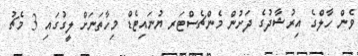
ވެން ހާލްގެ އިރުޝާދުގެ ދަށުން މެންޗެސްޓަރ ޔުނައިޓެޑް މިހާތަނަށް ލީގުގައި 3 މެޗު